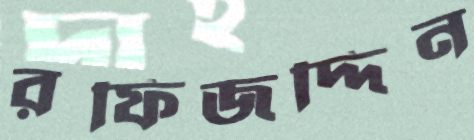
রফিজদ্দিন